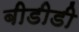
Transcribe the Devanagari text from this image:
बीडीडी